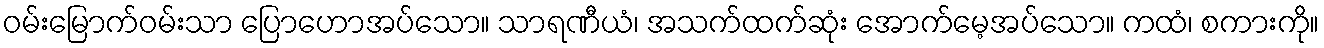
ဝမ်းမြောက်ဝမ်းသာ ပြောဟောအပ်သော။ သာရဏီယံ၊ အသက်ထက်ဆုံး အောက်မေ့အပ်သော။ ကထံ၊ စကားကို။